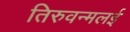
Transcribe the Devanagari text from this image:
तिरुवन्मलई